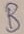
Text: B